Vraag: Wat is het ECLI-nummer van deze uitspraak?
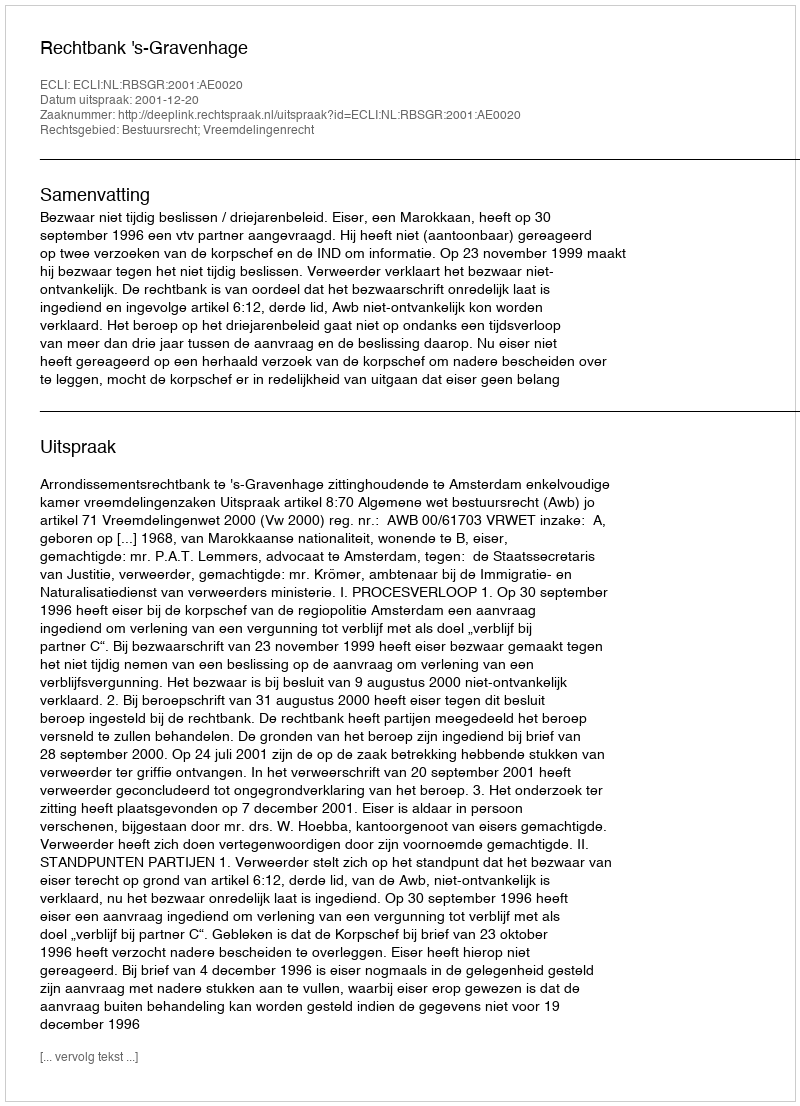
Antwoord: ECLI:NL:RBSGR:2001:AE0020